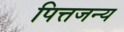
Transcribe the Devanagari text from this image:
पित्तजन्य